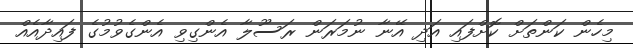
މިހެން ކަންތަށް ކޮށްފައި އަދި އޭނާ ނުމަރަން ރަސޫލާ އެންގިވި އެންގެވުމުގެ ފައިދާއެއް